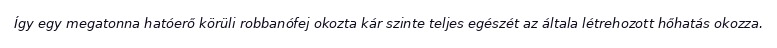
Így egy megatonna hatóerő körüli robbanófej okozta kár szinte teljes egészét az általa létrehozott hőhatás okozza.